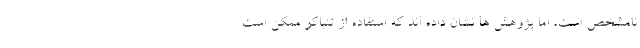
نامشخص است، اما پژوهش ها نشان داده اند که استفاده از تنباکو ممکن است